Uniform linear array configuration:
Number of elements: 24
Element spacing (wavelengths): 0.75
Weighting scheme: binomial
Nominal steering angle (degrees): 0
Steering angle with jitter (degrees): -1.393
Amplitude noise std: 0.05
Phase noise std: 0.05

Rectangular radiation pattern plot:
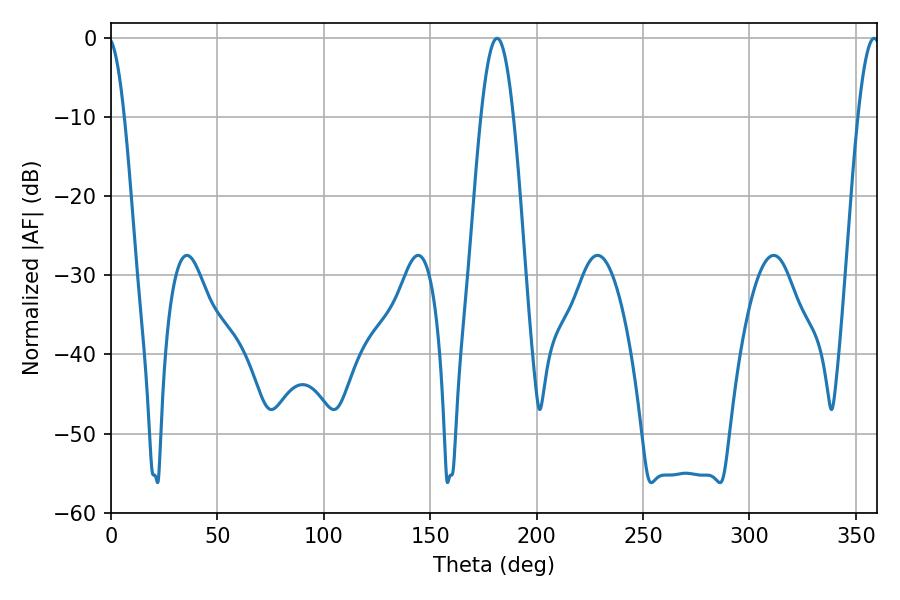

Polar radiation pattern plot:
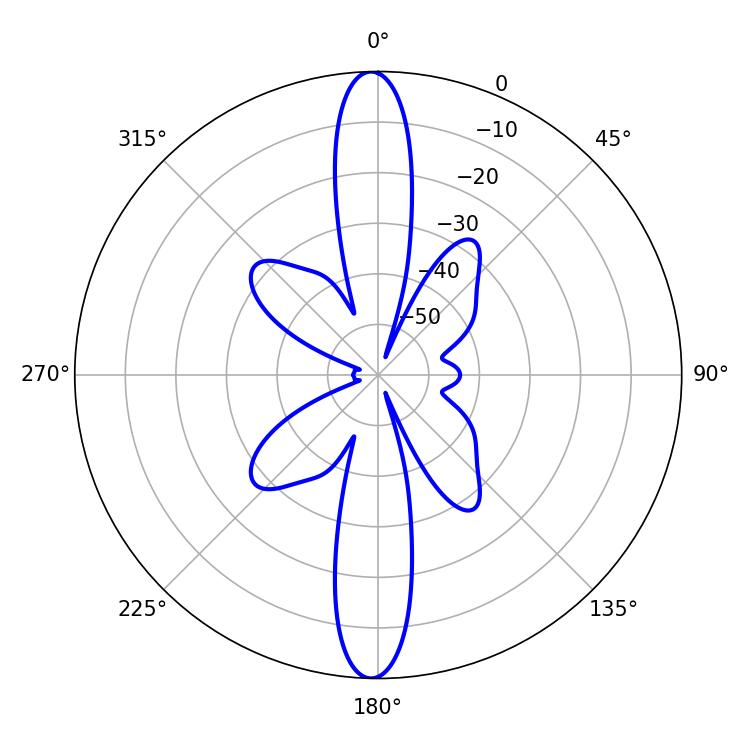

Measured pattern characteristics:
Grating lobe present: TRUE
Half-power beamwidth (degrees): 8.28
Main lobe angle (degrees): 181.44